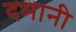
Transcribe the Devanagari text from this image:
दमानी